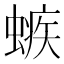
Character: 螏